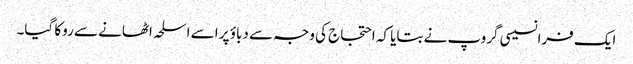
ایک فرانسیسی گروپ نے بتایا کہ احتجاج کی وجہ سے دباؤ پر اسے اسلحہ اٹھانے سے روکا گیا۔